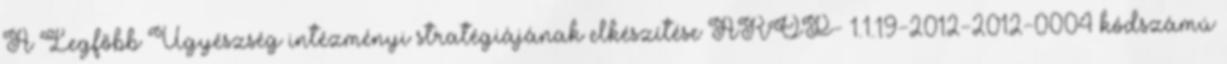
A Legfőbb Ügyészség intézményi stratégiájának elkészítése ÁROP- 1.1.19-2012-2012-0004 kódszámú